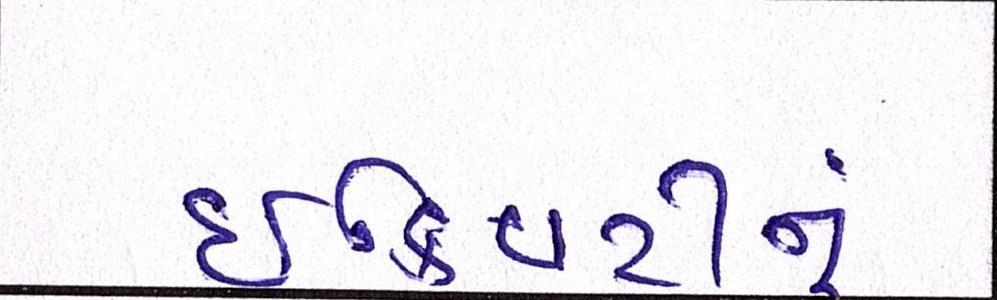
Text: ઈક્વિટીનું